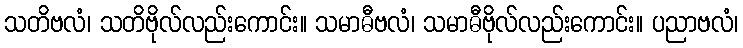
သတိဗလံ၊ သတိဗိုလ်လည်းကောင်း။ သမာဓီဗလံ၊ သမာဓီဗိုလ်လည်းကောင်း။ ပညာဗလံ၊